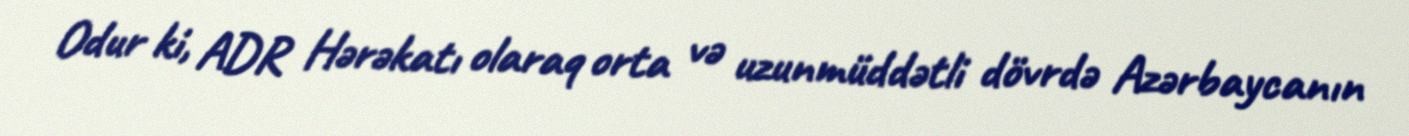
Odur ki, ADR Hərəkatı olaraq orta və uzunmüddətli dövrdə Azərbaycanın